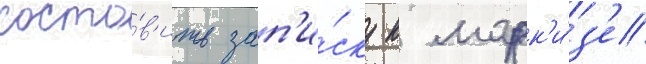
соста́в'ить зап'и́ску к марк'и́з'е